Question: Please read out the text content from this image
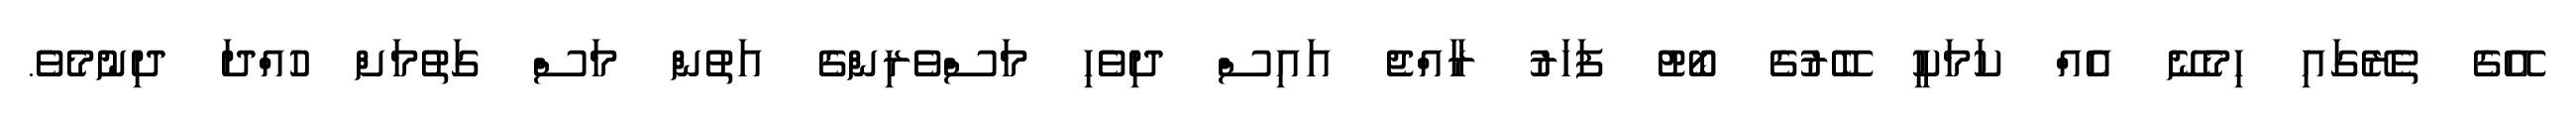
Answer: އޭގެ ތެރޭގައި ހިމެނޭ އެއް ކަމަކީ ބޭރުގެ ބޯޓު ފަހަރު ރާއްޖެ އައިސް ދިވެހި މަސްވެރިންގެ އަތުން މަސް ގަތުމަށް ހުއްދަ ދިނުމެވެ.